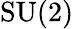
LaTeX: {\mathrm{SU}}(2)